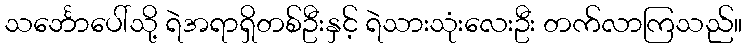
သင်္ဘောပေါ်သို့ ရဲအရာရှိတစ်ဦးနှင့် ရဲသားသုံးလေးဦး တက်လာကြသည်။